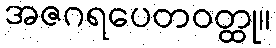
အဇဂရပေတဝတ္ထု။